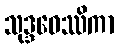
သုဒ္ဒဝေဿိကာ